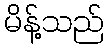
မိန့်သည်